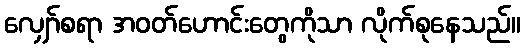
လျှော်စရာ အဝတ်ဟောင်းတွေကိုသာ လိုက်စုနေသည်။